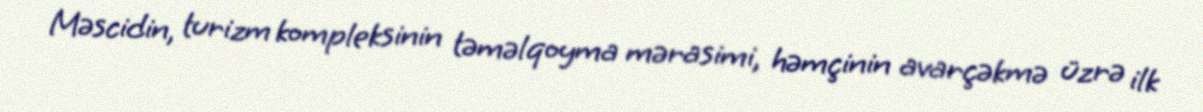
Məscidin, turizm kompleksinin təməlqoyma mərasimi, həmçinin avarçəkmə üzrə ilk